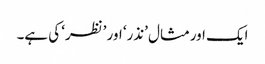
ایک اورمثال ’نذر‘ اور ’نظر‘ کی ہے۔